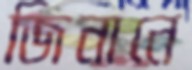
জিনানে